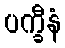
ပက္ခီနံ